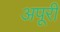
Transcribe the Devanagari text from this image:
अपूरी